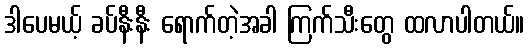
ဒါပေမယ့် ခပ်နီးနီး ရောက်တဲ့အခါ ကြက်သီးတွေ ထလာပါတယ်။